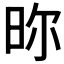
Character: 𣆋